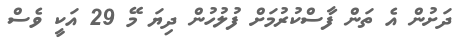
ދަށުން އެ ތަން ފާސްކުރުމަށް ފުލުހުން ދިޔަ މޭ 29 އަކީ ވެސް